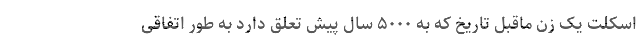
اسکلت‌ یک زن ماقبل تاریخ که به ۵۰۰۰ سال پیش تعلق دارد به طور اتفاقی